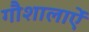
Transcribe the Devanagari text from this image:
गौशालाऐं